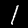
Digit: 1